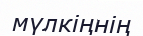
мүлкіңнің